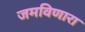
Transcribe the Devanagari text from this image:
जमविणारा